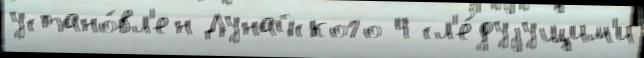
устано́вл'ен Дунайского 4 сл'е́дуjущим'и